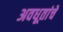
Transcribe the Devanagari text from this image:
अवधूतांचे